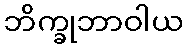
ဘိက္ခုဘာဝါယ